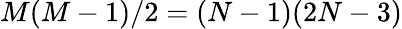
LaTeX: M(M-1)/2=(N-1)(2N-3)